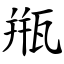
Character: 甁